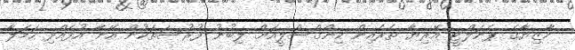
މާޒިޔާގެ ޕެނަލްޓީ އޭރިޔާ ތެރެއިން ކިންގްސްލީއަށް ލިބުނު ފުރުސަތަކުން އޭނާ އުފެއްދި ހަމަލާ